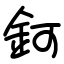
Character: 鈳